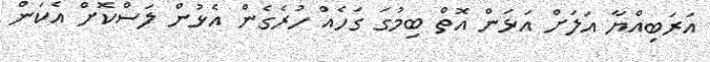
އަރަބިއްޔާ އަލަށް އަޅަން އޮތް ބިމުގަ ގަހެއް ހުރެގެން އެޅުން ލަސްކޮށް އެކަން